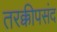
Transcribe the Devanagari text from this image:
तरक्कीपसंद